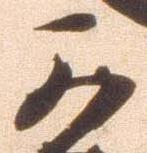
可